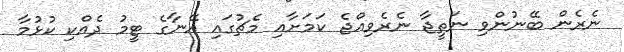
ނެރެން ބޭނުންވި ނަތީޖާ ނެރެވިއްޖެ ކަމަށާއި މެޗުގައި އޭނާގެ ޓީމު ދެއްކި ކުޅުމާ